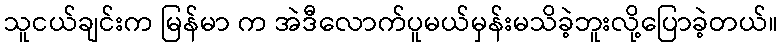
သူငယ်ချင်းက မြန်မာ က အဲဒီလောက်ပူမယ်မှန်းမသိခဲ့ဘူးလို့ပြောခဲ့တယ်။